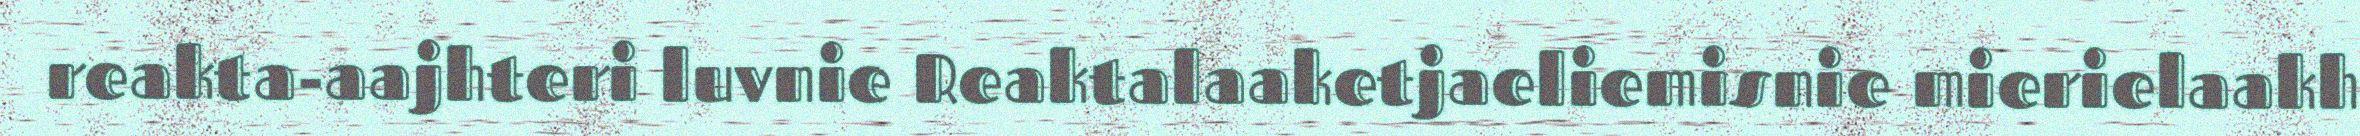
reakta-aajhteri luvnie Reaktalaaketjaeliemisnie mierielaakh